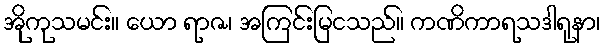
အိုကုသမင်း။ ယော ရာဇ၊ အကြင်းမြငသည်။ ကဏိကာရသဒါရုနာ၊